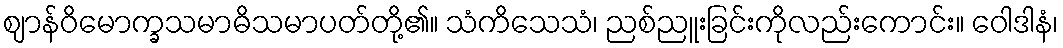
ဈာန်ဝိမောက္ခသမာဓိသမာပတ်တို့၏။ သံကိသေသံ၊ ညစ်ညူးခြင်းကိုလည်းကောင်း။ ဝေါဒါနံ၊